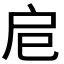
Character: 𢨪